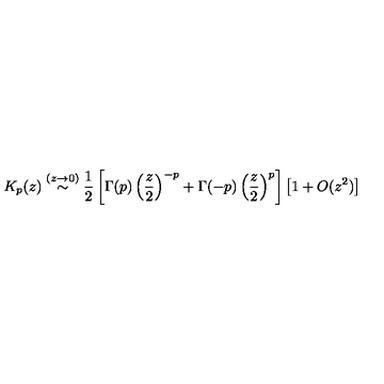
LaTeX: K _ { p } ( z ) \stackrel { ( z \rightarrow 0 ) } { \sim } \frac { 1 } { 2 } \left[ \Gamma ( p ) \left( \frac { z } { 2 } \right) ^ { - p } + \Gamma ( - p ) \left( \frac { z } { 2 } \right) ^ { p } \right] \left[ 1 + O ( z ^ { 2 } ) \right]